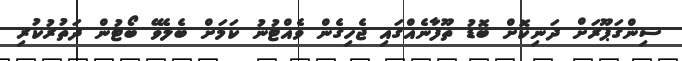
ސިންގަޕޫރަށް ދަނިކޮށް ބޮޑު ތޫފާނެއްގައި ޖެހިގެން ވެއްޓުނު ކަމަށް ބެލެވޭ ބޯޓުން ދަތުރުކުރި